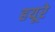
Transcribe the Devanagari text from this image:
हयूरे